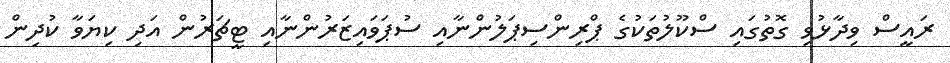
ރައީސް ވިދާޅުވި ގޮތުގައި ސްކޫލުތަކުގެ ޕްރިންސިޕަލުންނާއި ސުޕަވައިޒަރުންނާއި ޓީޗަރުން އަދި ކިޔަވާ ކުދިން